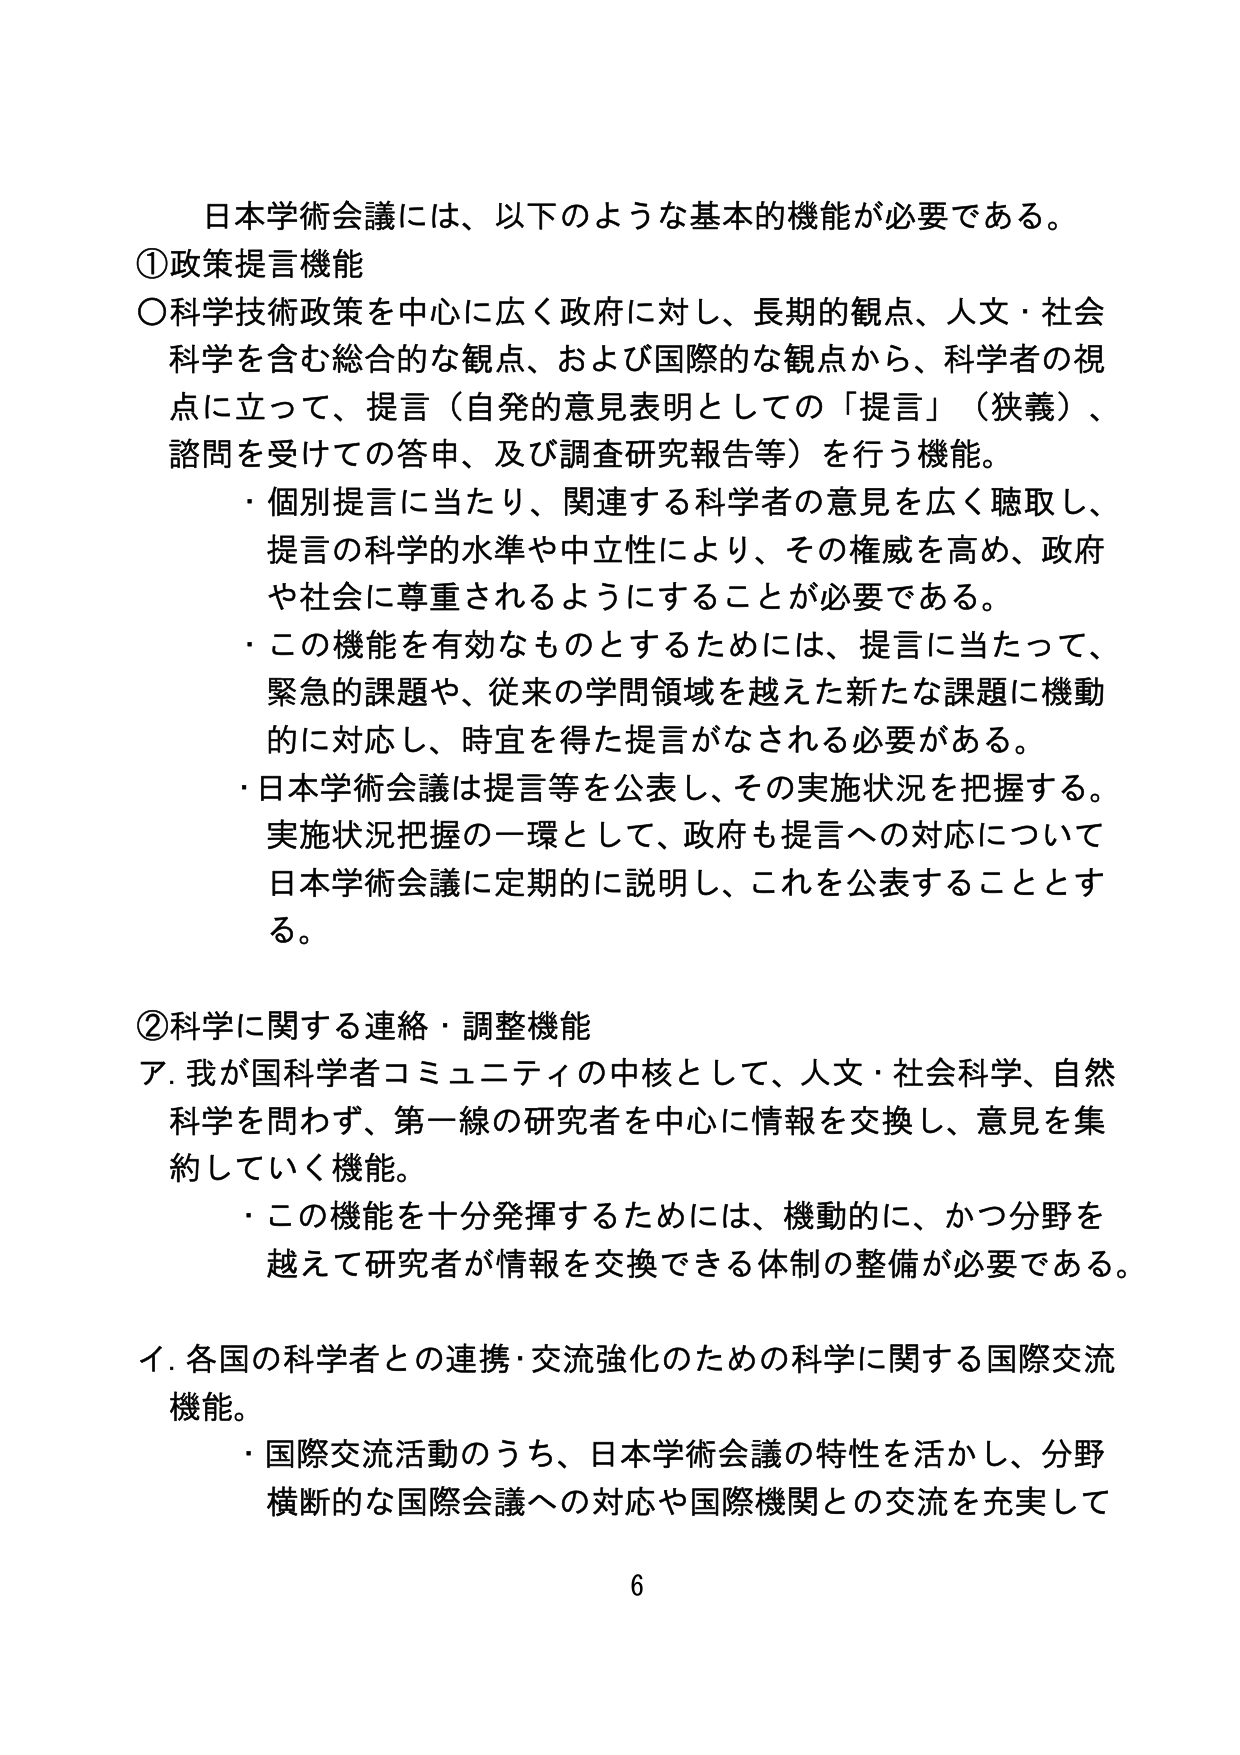
日本学術会議には、以下のような基本的機能が必要である。

①政策提言機能
○科学技術政策を中心に広く政府に対し、長期的観点、人文・社会科学を含む総合的な観点、および国際的な観点から、科学者の視点に立って、提言（自発的意見表明としての「提言」（狭義）、諮問を受けての答申、及び調査研究報告等）を行う機能。
・個別提言に当たり、関連する科学者の意見を広く聴取し、提言の科学的水準や中立性により、その権威を高め、政府や社会に尊重されるようにすることが必要である。
・この機能を有効なものとするためには、提言に当たって、緊急的課題や、従来の学問領域を越えた新たな課題に機動的に対応し、時宜を得た提言がなされる必要がある。
・日本学術会議は提言等を公表し、その実施状況を把握する。実施状況把握の一環として、政府も提言への対応について日本学術会議に定期的に説明し、これを公表することとする。

②科学に関する連絡・調整機能
ア．我が国科学者コミュニティの中核として、人文・社会科学、自然科学を問わず、第一線の研究者を中心に情報を交換し、意見を集約していく機能。
・この機能を十分発揮するためには、機動的に、かつ分野を越えて研究者が情報を交換できる体制の整備が必要である。

イ．各国の科学者との連携・交流強化のための科学に関する国際交流機能。
・国際交流活動のうち、日本学術会議の特性を活かし、分野横断的な国際会議への対応や国際機関との交流を充実して

6